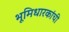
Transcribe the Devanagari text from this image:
भूमिधारकांची